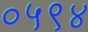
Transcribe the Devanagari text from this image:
०५९४